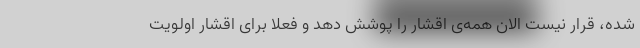
شده، قرار نیست الان همه‌ی اقشار را پوشش دهد و فعلا برای اقشار اولویت